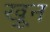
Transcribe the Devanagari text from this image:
खू़न